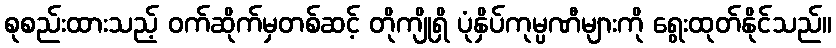
စုစည်းထားသည့် ဝက်ဆိုက်မှတစ်ဆင့် တိုကျိုရှိ ပုံနှိပ်ကုမ္ပဏီများကို ရွေးထုတ်နိုင်သည်။